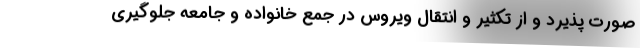
صورت پذیرد و از تکثیر و انتقال ویروس در جمع خانواده و جامعه جلوگیری